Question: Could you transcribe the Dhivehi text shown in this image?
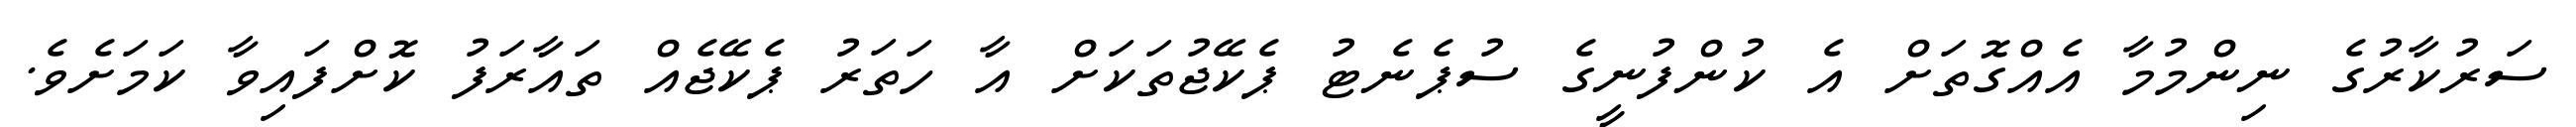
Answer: ސަރުކާރުގެ ނިންމުމާ އެއްގޮތަށް އެ ކުންފުނީގެ ސުޕެނެޓު ޕެކޭޖުތަކަށް އާ ހަތަރު ޕެކޭޖެއް ތައާރަފު ކޮށްފައިވާ ކަމަށެވެ.